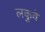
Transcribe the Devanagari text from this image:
लकुवे